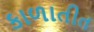
કાળાતીત